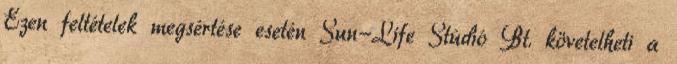
Ezen feltételek megsértése esetén Sun-Life Stúdió Bt. követelheti a